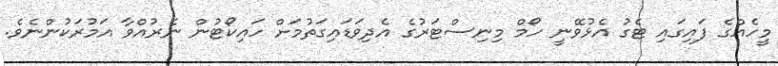
މީހެއްގެ ފައިގައި ޓެގު އެޅުވޭނީ ހޯމް މިނިސްޓަރުގެ އެދިވަޑައިގަތުމަށް ހައިކޯޓުން ނެރުއްވާ އަމުރަކުންނެވެ.